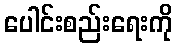
ပေါင်းစည်းရေးကို